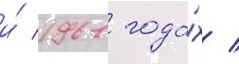
и́ 1961 года́х /